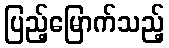
ပြည့်မြောက်သည့်